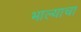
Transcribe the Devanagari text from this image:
भाल्याचा